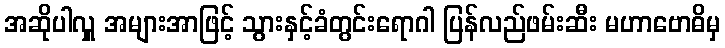
အဆိုပါလှူ အများအာဖြင့် သွားနှင့်ခံတွင်းရောဂါ ပြန်လည်ဖမ်းဆီး မဟာဗောဓိမှ